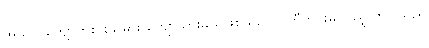
အသက်ကျော်ကစားသမား ကျော်သွားမည်ဖြစ်သည် ပါတီတွင်းမှ ပြည့်လာပါသည်